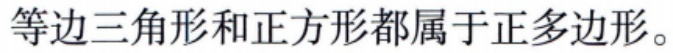
等边三角形和正方形都属于正多边形。